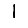
Digit: 1